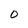
Character: 0